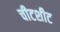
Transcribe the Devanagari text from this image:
चीटशीट